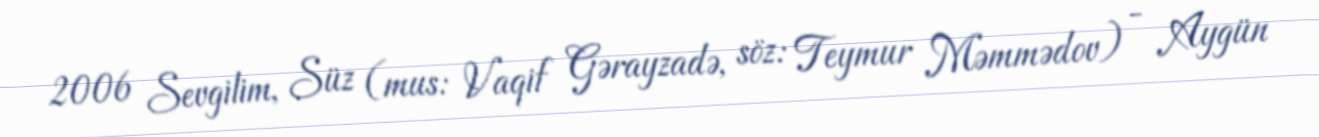
2006 Sevgilim, Süz (mus: Vaqif Gərayzadə, söz: Teymur Məmmədov) - Aygün